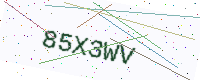
Text: 85X3WV